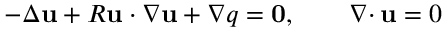
- \Delta { \mathbf u } + R { \mathbf u } \cdot \nabla { \mathbf u } + \nabla q = { \mathbf 0 } , \qquad { { \nabla \cdot } \, } { \mathbf u } = 0